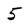
Character: 5